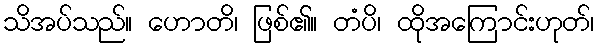
သိအပ်သည်။ ဟောတိ၊ ဖြစ်၏။ တံပိ၊ ထိုအကြောင်းဟုတ်၊